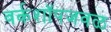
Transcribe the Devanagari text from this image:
वर्कशॉपजवळ